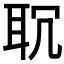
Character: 𦕍